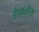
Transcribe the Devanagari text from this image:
डेथलेस